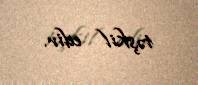
təşkil edir.